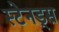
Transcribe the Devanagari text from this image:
स्टेनड्स